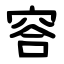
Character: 䆟